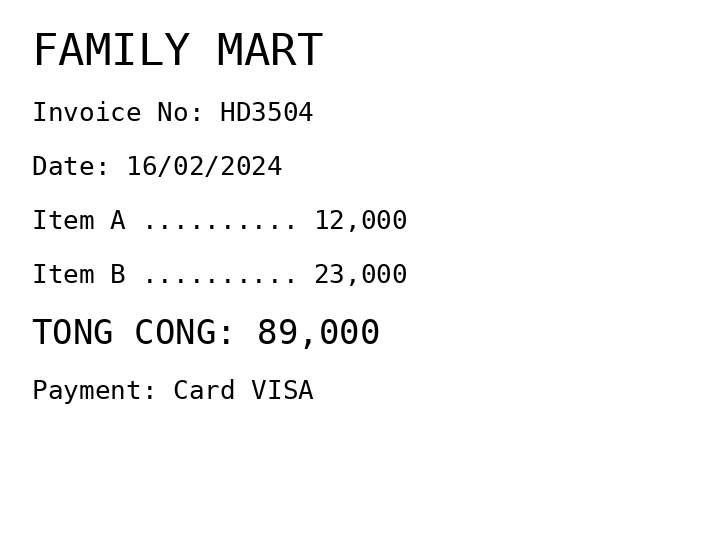
FAMILY MART
Invoice No: HD3504
Date: 16/02/2024
Item A .......... 12,000
Item B .......... 23,000
TONG CONG: 89,000
Payment: Card VISA
Merchant: family mart
Date: 2024-02-16
Total: 89000
Invoice No: HD3504
Payment method: CARD